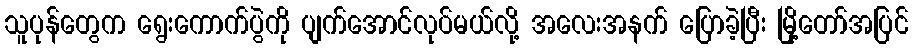
သူပုန်တွေက ရွေးကောက်ပွဲကို ပျက်အောင်လုပ်မယ်လို့ အလေးအနက် ပြောခဲ့ပြီး မြို့တော်အပြင်